Vaccination in the Punjab 1897-1904 - 1897-1904
Year: 1897
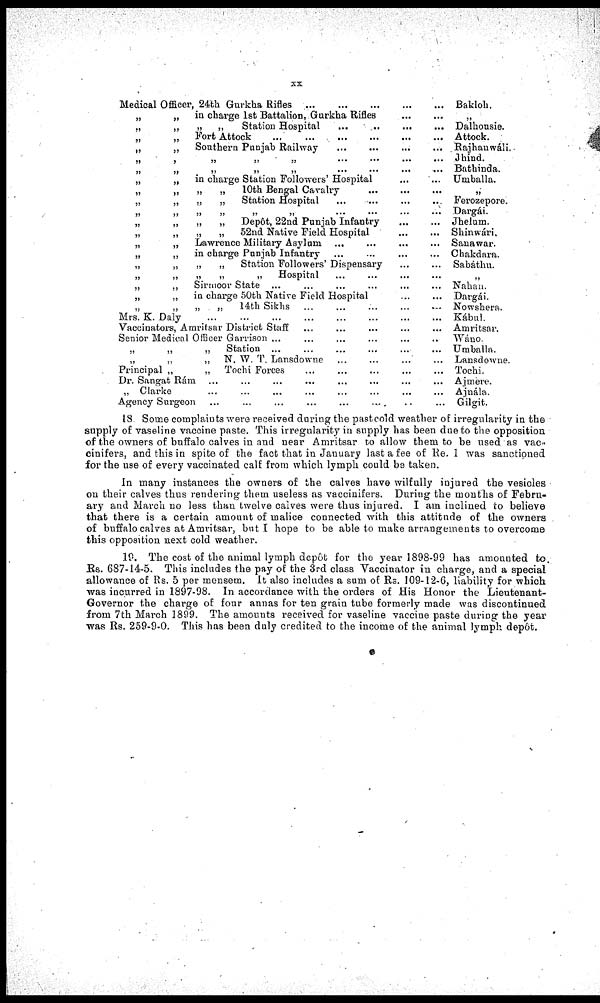
xx
Medical Officer, 24th Gurkha Rifles
...
...
...
...
...
„
„
in charge 1st Battalion, Gurkha Rifles
...
...
.,
„
„
„
Station Hospital ... ... ... ...
„
„
Fort Attock
...
...
...
...
...
...
„
„
Southern Punjab Railway ... ... ... ...
„
,
„
„
„
...
...
...
...
„ „ „ „ „ ... ... ... ...
„
„
in charge Station Followers' Hospital
...
...
„
„
„
„
10th Bengal Cavalry
...
...
...
„
„
„
„
Station Hospital ... ... ... ...
„
„ „ „
„
„
...
...
...
...
„
„
„
„
Depôt, 22nd Punjab Infantry
...
...
„
„
„
„
52nd Native Field Hospital
...
...
„
„
Lawrence Military Asylum ... ... ... ...
„
„
in charge Punjab Infantry ... ... ... ...
„
„
„
„
Station Followers' Dispensary ... ...
„
„
„
„
„
Hospital
...
...
...
...
„
„
Sirmoor State ... ... ... ... ... ...
„
„
in charge 50th Native Field Hospital ... ...
„
„
14th Sikhs
...
...
...
...
...
Mrs. K. Daly
...
...
...
...
...
Vaccinators, Amritsar District Staff ... ... ... ... ...
Senior Medical Officer Garrison ... ... ... ... ... ...
„
„
„
Station ... ... ... ... ... ...
„
„
„
N. W. T. Lansdowne ... ... ... ...
Principal „
„
Tochi Forces ... ... ... ... ...
Dr. Sangat Rám ... ... ... ... ... ... ... ...
„ Clarke ... ... ... ... ... ... ... ...
Agency Surgeon ... ... ... ... ... ... ... ...
Bakloh.
„
Dalhousie.
Attock.
Rajhauwáli. -
Jhínd.
Bathinda.
Umballa.
„
Ferozepore.
Dargái.
Jhelum.
Shinwári.
Sanawar.
Chakdara.
Sabáthu.
„
Nahan.
Dargái.
Nowshera.
Kábul.
Amritsar.
Wáno.
Umballa.
Lansdowne.
Tochi
Ajmere.
Ajnála.
Gilgit.
18 Some complaints were received during the past cold weather of irregularity in the
supply of vaseline vaccine paste. This irregularity in supply has been due to the opposition
of the owners of buffalo calves in and near Amritsar to allow them to be used as vac-
cinifers, and this in spite of the fact that in January last a fee of Re. 1 was sanctioned
for the use of every vaccinated calf from which lymph could be taken.
In many instances the owners of the calves have wilfully injured the vesicles
on their calves thus rendering them useless as vaccinifers. During the months of Febru-
ary and March no less than twelve calves were thus injured. I am inclined to believe
that there is a certain amount of malice connected with this attitude of the owners
of buffalo calves at Amritsar, but I hope to be able to make arrangements to overcome
this opposition next cold weather.
19. The cost of the animal lymph depôt for the year 1898-99 has amounted to.
Rs. 687-14-5. This includes the pay of the 3rd class Vaccinator in charge, and a special
allowance of Rs. 5 per mensem. It also includes a sum of Rs. 109-12-6, liability for which
was incurred in 1897-98. In accordance with the orders of His Honor the Lieutenant-
Governor the charge of four annas for ten grain tube formerly made was discontinued
from 7th March 1899. The amounts received for vaseline vaccine paste during the year
was Rs. 259-9-0. This has been duly credited to the income of the animal lymph depôt.